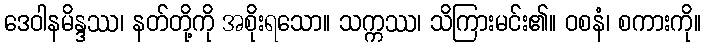
ဒေဝါနမိန္ဒဿ၊ နတ်တို့ကို အစိုးရသော။ သက္ကဿ၊ သိကြားမင်း၏။ ဝစနံ၊ စကားကို။